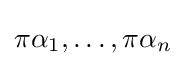
\pi \alpha _{1},\ldots ,\pi \alpha _{n}